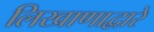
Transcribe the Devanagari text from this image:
लिखाणाद्वारे